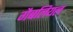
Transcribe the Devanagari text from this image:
गैबलियल